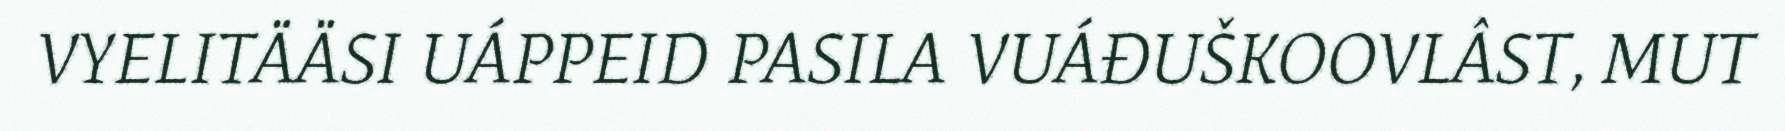
VYELITÄÄSI UÁPPEID PASILA VUÁĐUŠKOOVLÂST, MUT